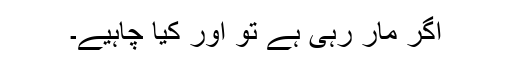
اگر مار رہی ہے تو اور کیا چاہیے۔